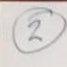
2